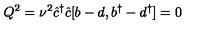
Q ^ { 2 } = { \nu } ^ { 2 } \hat { c } ^ { \dagger } \hat { c } [ b - d , b ^ { \dagger } - d ^ { \dagger } ] = 0